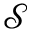
\mathcal S